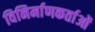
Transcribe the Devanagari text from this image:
विनिर्माणकर्ताओं